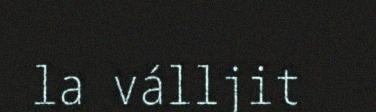
la válljit